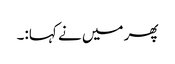
پھر میں نے کہا:۔